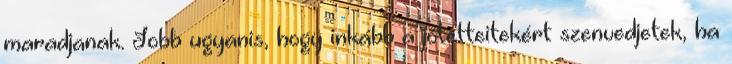
maradjanak. Jobb ugyanis, hogy inkább a jótetteitekért szenvedjetek, ha